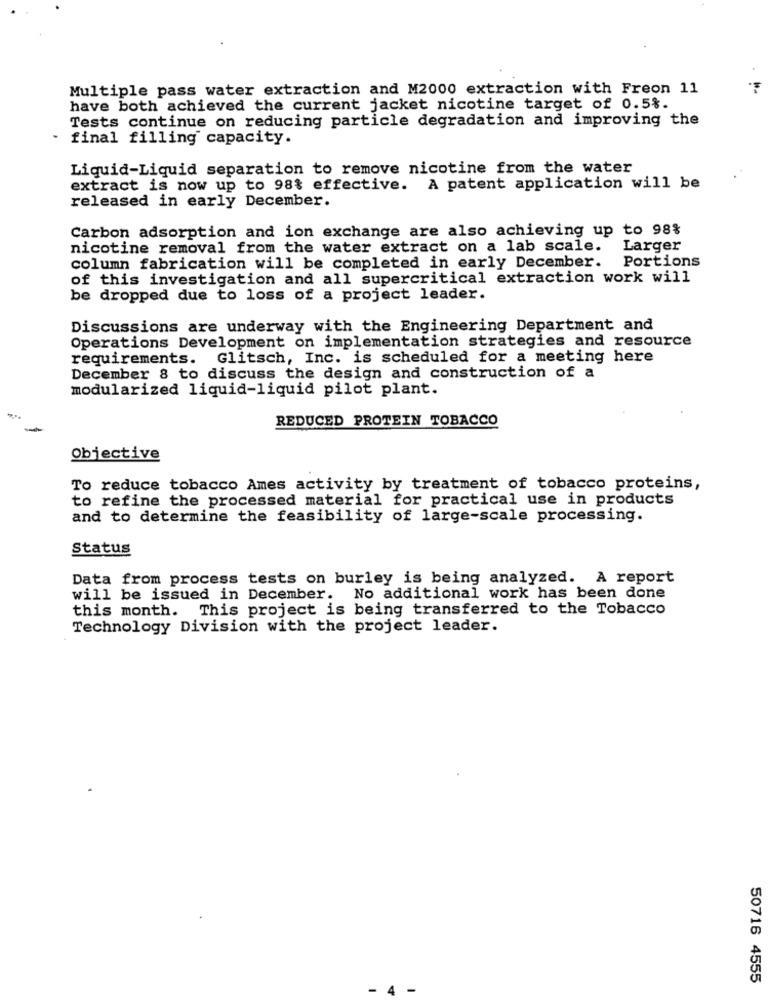
Multiple pass water extraction and M2000 extraction with Freon 11
have both achieved the current jacket nicotine target of 0.5%.
Tests continue on reducing particle degradation and improving the
final filling capacity.
Liquid-Liquid separation to remove nicotine from the water
extract is now up to 98% effective. A patent application will be
released in early December.
Carbon adsorption and ion exchange are also achieving up to 98%
nicotine removal from the water extract on a lab scale.
Larger
Portions
column fabrication will be completed in early December.
of this investigation and all supercritical extraction work will
be dropped due to loss of a project leader.
Discussions are underway with the Engineering Department and
Operations Development on implementation strategies and resource
requirements. Glitsch, Inc. is scheduled for a meeting here
December 8 to discuss the design and construction of a
modularized liquid-liquid pilot plant.
REDUCED PROTEIN TOBACCO
Objective
To reduce tobacco Ames activity by treatment of tobacco proteins,
to refine the processed material for practical use in products
and to determine the feasibility of large-scale processing.
Status
Data from process tests on burley is being analyzed. A report
will be issued in December. No additional work has been done
this month. This project is being transferred to the Tobacco
Technology Division with the project leader.
50716 4555